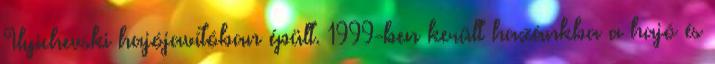
Ilyichevski hajójavítóban épült. 1999-ben került hazánkba a hajó és